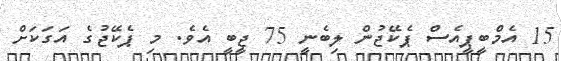
15 އެމްބީޕީއެސް ޕެކޭޖުން ލިބެނީ 75 ޖީބީ އެވެ. މި ޕެކޭޖުގެ އަގަކަށް